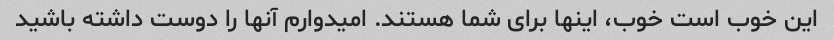
این خوب است خوب، اینها برای شما هستند. امیدوارم آنها را دوست داشته باشید